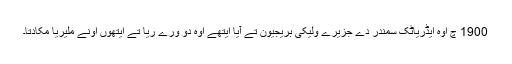
1900 چ اوہ ایڈریاٹک سمندر دے جزیرے ولیکی بریجیون تے آیا ایتھے اوہ دو ورے ریا تے ایتھوں اونے ملیریا مکادتا۔